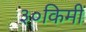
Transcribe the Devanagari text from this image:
३०किमी